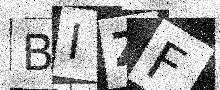
Text: BIZF